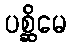
ပစ္ဆိမေ